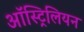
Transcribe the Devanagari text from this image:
ऑस्ट्रिलियन